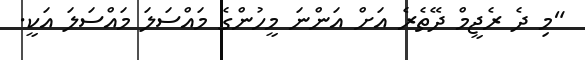
"މި ދެ ރެޖީމް ދޭތެރެ އަށް އަންނަ މީހުންގެ މައްސަލަ މައްސަލަ އަކީ.